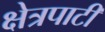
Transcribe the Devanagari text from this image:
क्षेत्रपाटी